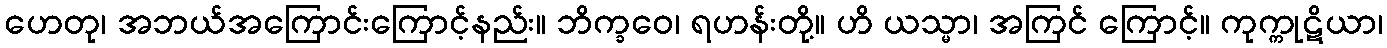
ဟေတု၊ အဘယ်အကြောင်းကြောင့်နည်း။ ဘိက္ခဝေ၊ ရဟန်းတို့။ ဟိ ယသ္မာ၊ အကြင် ကြောင့်။ ကုက္ကုဋိယာ၊